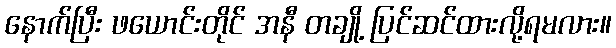
နောက်ပြီး ဖယောင်းတိုင် အနီ တချို့ ပြင်ဆင်ထားလို့ရမလား။